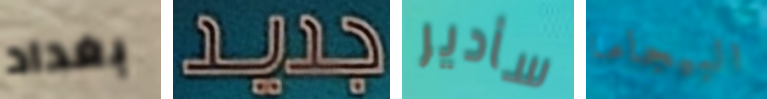
بغداد جديد سأدير البيجاما